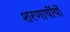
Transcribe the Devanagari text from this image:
शरणार्थीयों